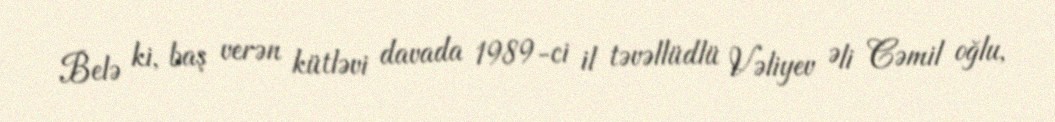
Belə ki, baş verən kütləvi davada 1989-ci il təvəllüdlü Vəliyev Əli Cəmil oğlu,